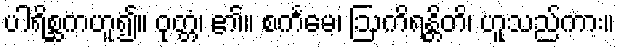
ပါရိစ္ဆကဟူ၍။ ဝုတ္တံ၊ ၏။ စင်္ကမေ၊ ဩကိရန္တိတိ၊ ဟူသည်ကား။